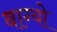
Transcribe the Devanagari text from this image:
बाग्यो